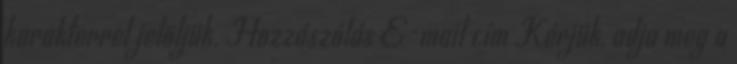
karakterrel jelöljük. Hozzászólás E-mail cím Kérjük, adja meg a